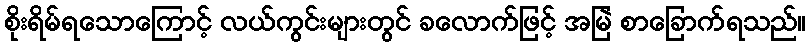
စိုးရိမ်ရသောကြောင့် လယ်ကွင်းများတွင် ခလောက်ဖြင့် အမြဲ စာခြောက်ရသည်။